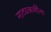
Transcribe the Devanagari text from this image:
नाट्यकर्मींना